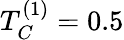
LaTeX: T_{C}^{(1)}=0.5